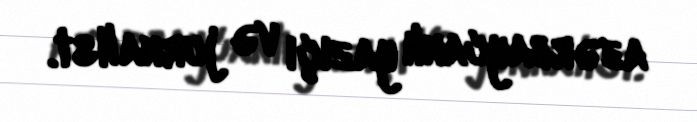
azərbaycanlı yazıçı və jurnalist.